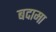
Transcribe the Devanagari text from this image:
बदामा